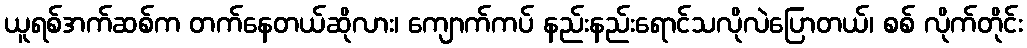
ယူရစ်အက်ဆစ်က တက်နေတယ်ဆိုလား၊ ကျောက်ကပ် နည်းနည်းရောင်သလိုလဲပြောတယ်၊ စစ် လိုက်တိုင်း